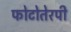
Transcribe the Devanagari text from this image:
फोटोतेरपी